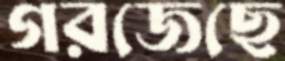
গরজেছে